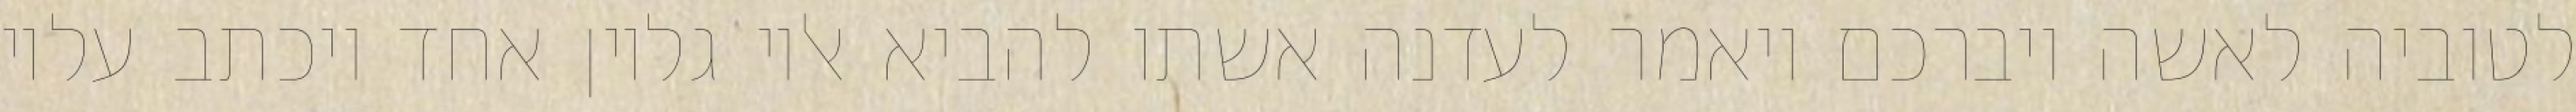
לטוביה לאשה ויברכם ויאמר לעדנה אשתו להביא אליו גליון אחד ויכתב עליו